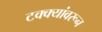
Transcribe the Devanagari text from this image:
टक्‍क्‍यांवरून